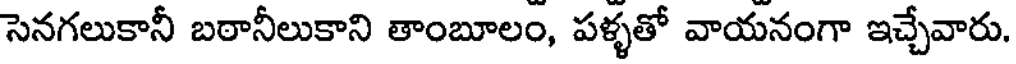
సెనగలుకానీ బఠానీలుకాని తాంబూలం, పళ్ళతో వాయనంగా ఇచ్చేవారు.